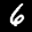
Label: 6